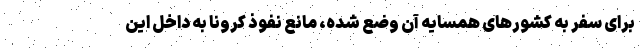
برای سفر به کشور‌های همسایه آن وضع شده، مانع نفوذ کرونا به داخل این